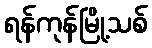
ရန်ကုန်မြို့သစ်